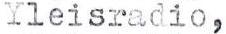
Yleisradio,